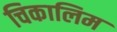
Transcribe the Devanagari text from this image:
चिकालिम